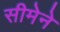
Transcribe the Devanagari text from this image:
सीमेने